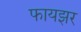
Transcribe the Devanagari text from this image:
फायझर